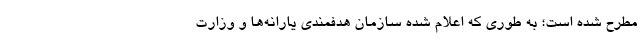
مطرح شده است؛ به طوری که اعلام شده سازمان هدفمندی یارانه‌ها و وزارت